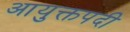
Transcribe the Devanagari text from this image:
आयुक्तपदी